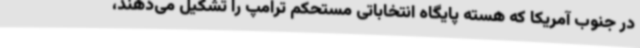
در جنوب آمریکا که هسته پایگاه انتخاباتی مستحکم ترامپ را تشکیل می‌دهند،